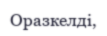
Оразкелді,